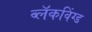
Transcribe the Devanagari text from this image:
ब्लॅकविंग्ड